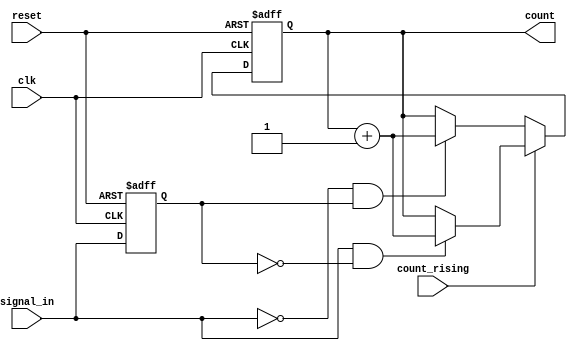
module edge_counter (
    input wire clk,              // Clock signal
    input wire reset,            // Active-high asynchronous reset
    input wire signal_in,        // Input signal for edge detection
    input wire count_rising,     // Control signal to select rising or falling edge counting
    output reg [15:0] count      // Binary output count (16-bit wide)
);

    // Internal signal to hold the previous state of signal_in
    reg signal_in_prev;

    always @(posedge clk or posedge reset) begin
        if (reset) begin
            // Asynchronous reset
            count <= 16'b0;
            signal_in_prev <= 1'b0; // Initialize previous state
        end else begin
            // Edge detection logic
            if (count_rising) begin
                // Rising edge detection
                if (signal_in && !signal_in_prev) begin
                    count <= count + 1; // Increment count on rising edge
                end
            end else begin
                // Falling edge detection
                if (!signal_in && signal_in_prev) begin
                    count <= count + 1; // Increment count on falling edge
                end
            end
            
            // Update previous state of signal_in
            signal_in_prev <= signal_in;
        end
    end

endmodule